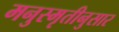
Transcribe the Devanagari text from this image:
मनुस्मृतीनुसार